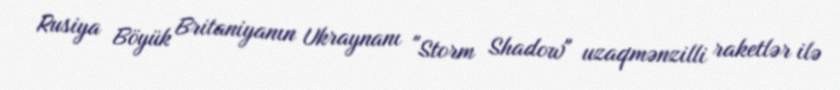
Rusiya Böyük Britaniyanın Ukraynanı "Storm Shadow" uzaqmənzilli raketlər ilə